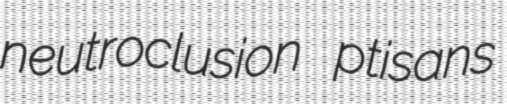
neutroclusion ptisans